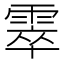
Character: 𩃣